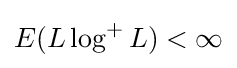
E(L\log ^{+}L)<\infty